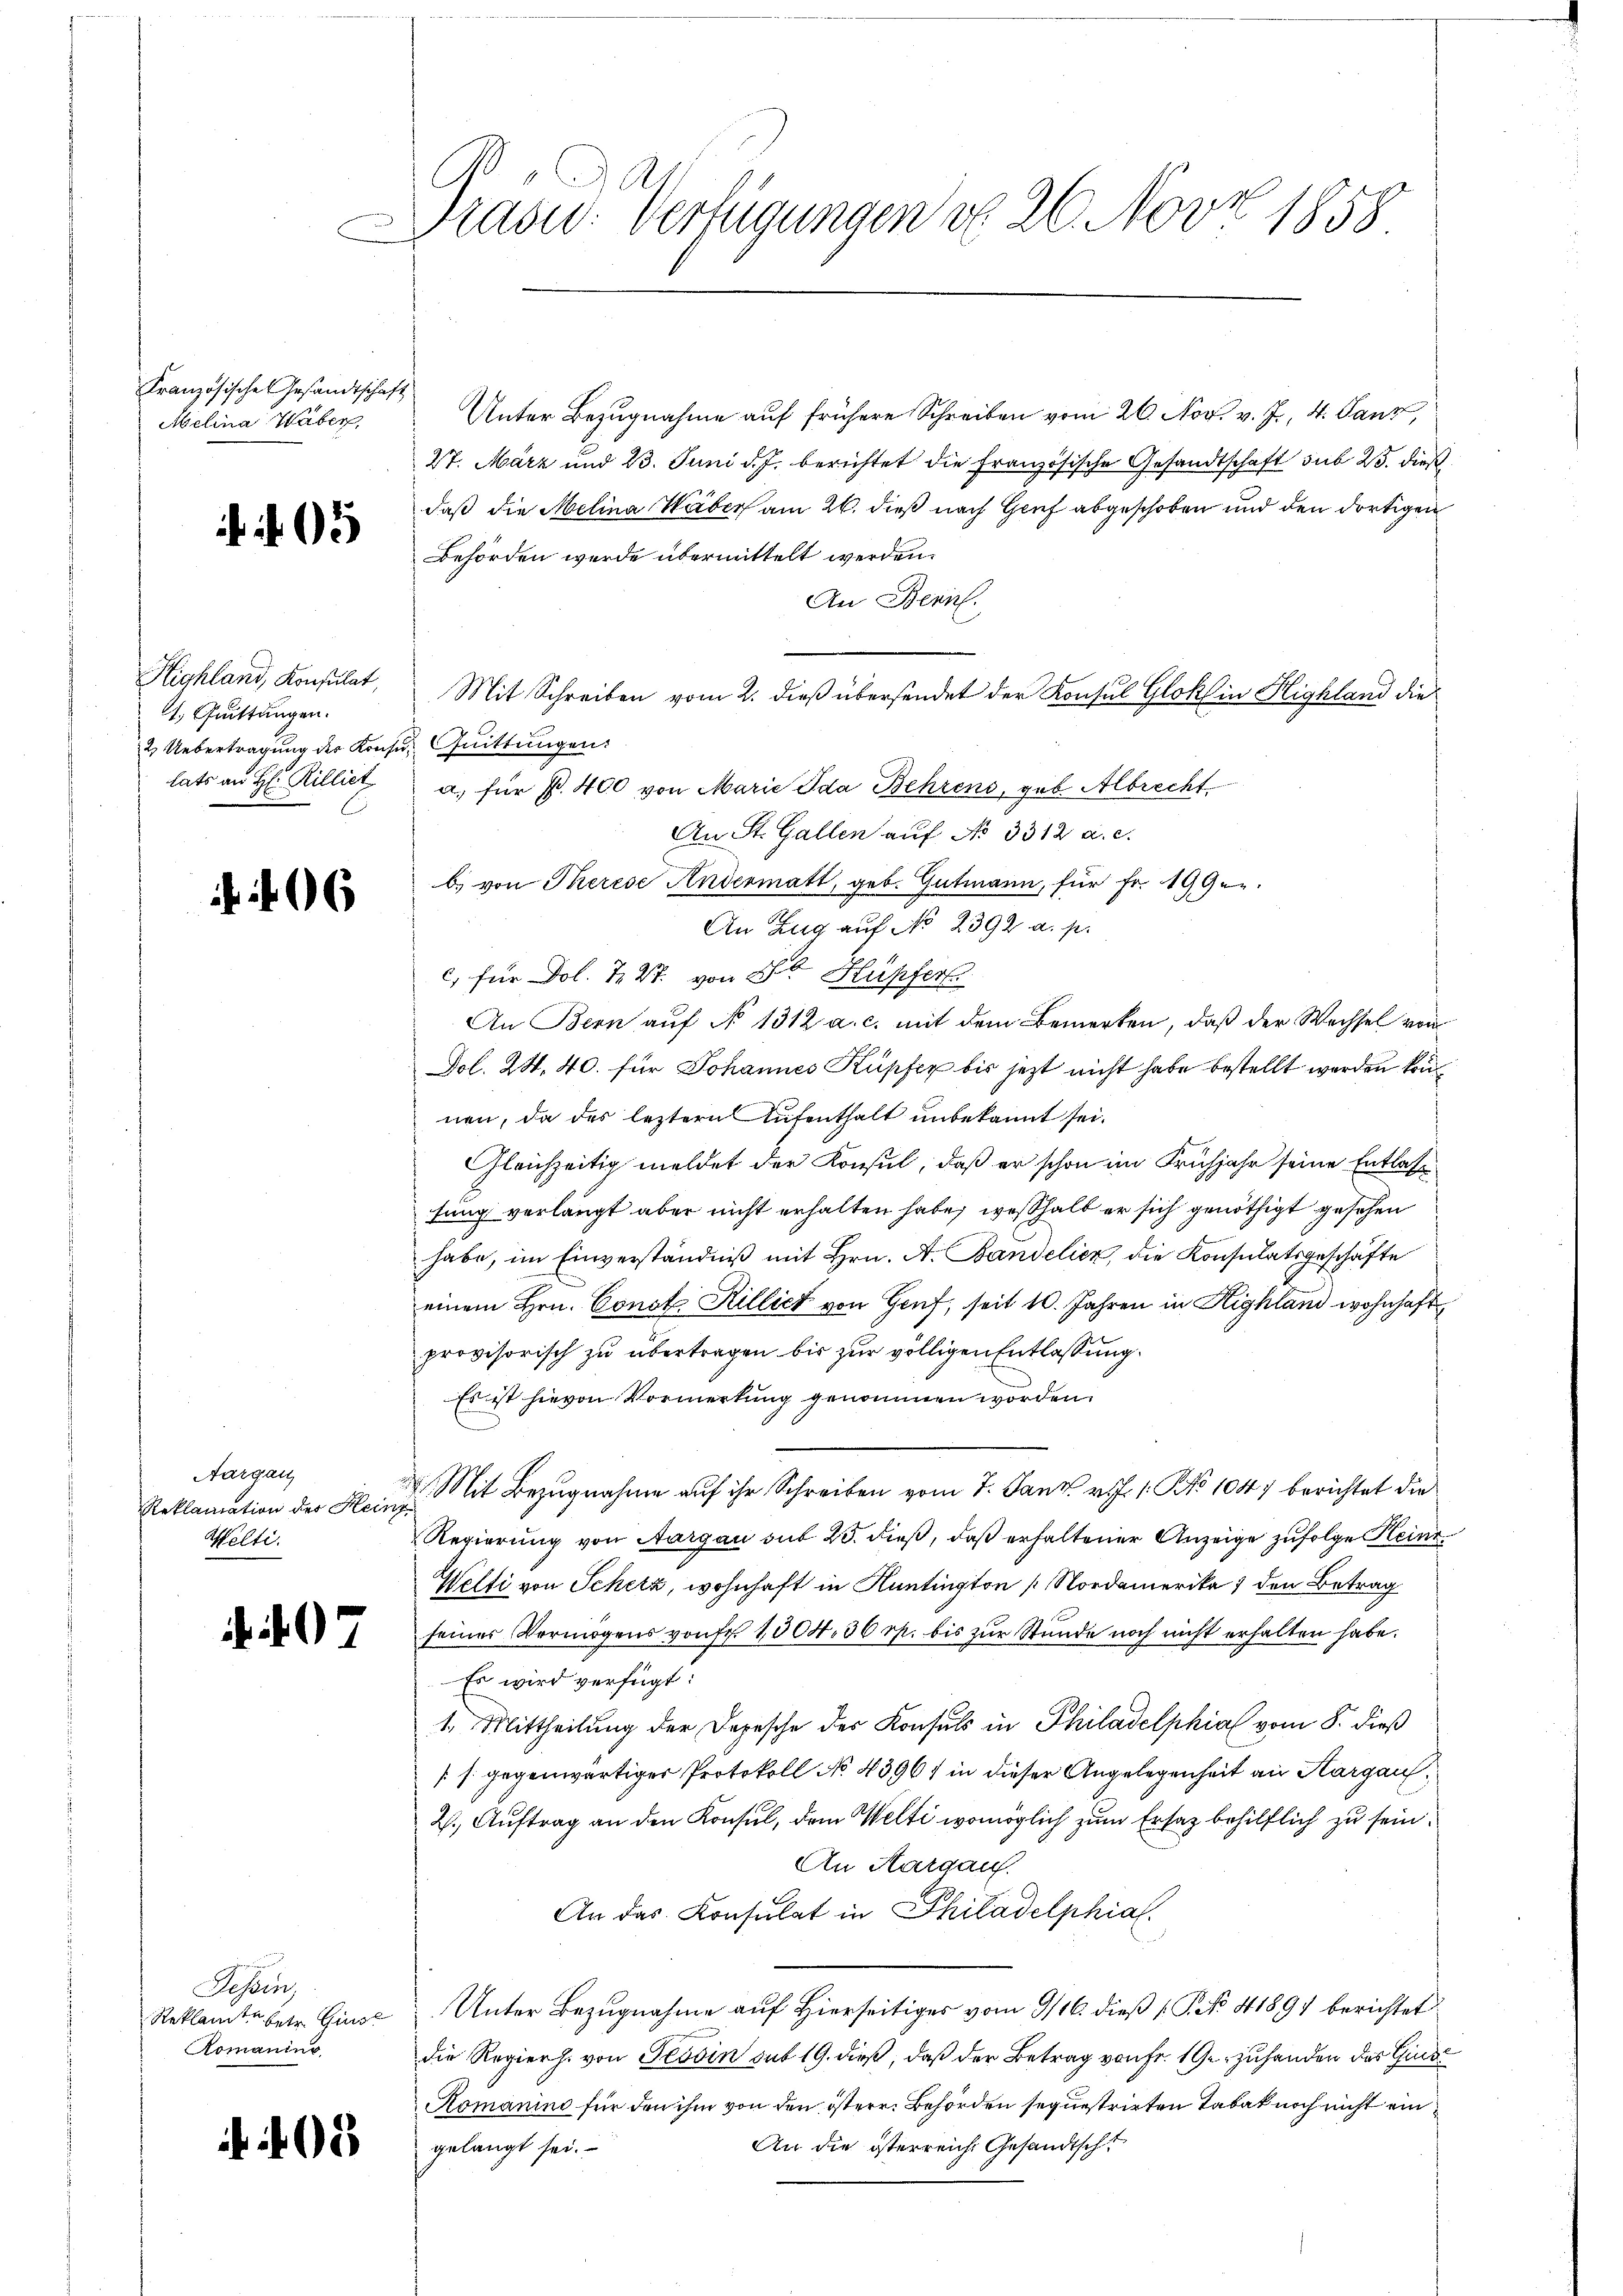
Kranzösische Gesandtschaft
Melina Waber

. 5

Highland, Konsulat,
1. Quittungen.
2 Uebertragung der Konsu Quittungen:

06

Aargau,
Reklamation der Hein¬
Welti.

407

Tessin,
Romanins

3

Präsid. Verfügungen d. 26. Nov. 1858

Unter Bezugnahme auf frühere Schreiben vom 26. Nov. v. J., 4. Janz,
27. März und 23. Juni d. J. berichtet die Französische Gesandtschaft sub 23. dieß
daß die Melina Waber am 26. dieß nach Genf abgeschoben und den dortigen
Behörden wurde übermittelt werden.
An Bern.
Mit Schreiben vom 2. dieß übersendet der Konsul Gloklin Highland die
lats an H. Rilliez a. für pr. 400 von Marie Ida Behrens, geb. Albrecht
An St. Gallen auf No 3312 a. c.
b) von Therese Andermatt, geb. Gutmann, für Fr. 199.
An Zug auf No 2392. a. p.
c, für Dol. S. 27. von 2 Kupfer
An Bern auf No 1312 a. c. mit dem Bemerken, daß der Wechsel von
Fol. 24. 40. für Johannes Kupfer bis jetzt nicht habe bestellt werden könn
nen, da des leztern Aufenthalt unbekannt sei.
Gleichzeitig meldet der Konsul, daß er schon im Frühjahr seine Entlasfung verlangt aber nicht erhalten habe, weßhalb er sich genöthigt gesehen
habe, im Einverständniß mit Hrn. A. Bandelier, die Konsulatsgeschäfte
einem Hrn. Const Rillicht von Genf, seit 10. Jahren in Highland wohnhaft
provisorisch zu übertragen bis zur völligen Entlassung.
Es ist hievon Vormerkung genommen worden.
E
 Mit Bezugnahme auf ihr Schreiben vom 7. Janz v. 1. No 1047 berichtet die
Regierung von Aargau aus 25. dieß, daß erhaltener Anzeige zufolge Heine
Welti von Scherz, wohnhaft in Kantington Nordamerika 1 den Betrag
seines Vermögens von fr. 1004. 30 rp. bis zur Stunde noch nicht erhalten habe.
Es wird verfügt:
1. Mittheilung der Depesche der Konsuls in Philadelphia vom 8. dieß
[s. gegenwärtiger Protokoll No 43961 in dieser Angelegenheit an Hargau¬
2. Auftrag an den Konsul, dem Welti womöglich zum Ersatz behilflich zu sein.
An Aargau.
An das Konsulat in Philadelphial.
Reklamte betr. Giuse. Unter Bezugnahme auf hierseitiges vom 9/16. dieß (T. No. 41897 berichtet
die Regierh. von Tessin sub 19. dieß, daß der Betrag von Fr. 19 zuhanden der Hind
Romanino für den ihm von den österr. Behörden sequestrirten Tabak noch nicht ein
An die österreiche Gesandtscht
gelangt sei.